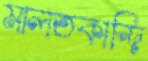
মালতকান্দি